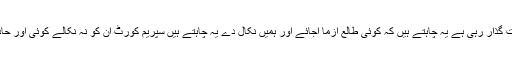
حکومت صرف وقت گذار رہی ہے یہ چاہتے ہیں کہ کوئی طالع آزما آجائے اور ہمیں نکال دے یہ چاہتے ہیں سپریم کورٹ ان کو نہ نکالے کوئی اور حادثہ چاہے ہوجائے ۔